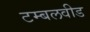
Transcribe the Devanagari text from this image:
टम्बलवीड